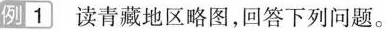
例1 读青藏地区略图，回答下列问题。